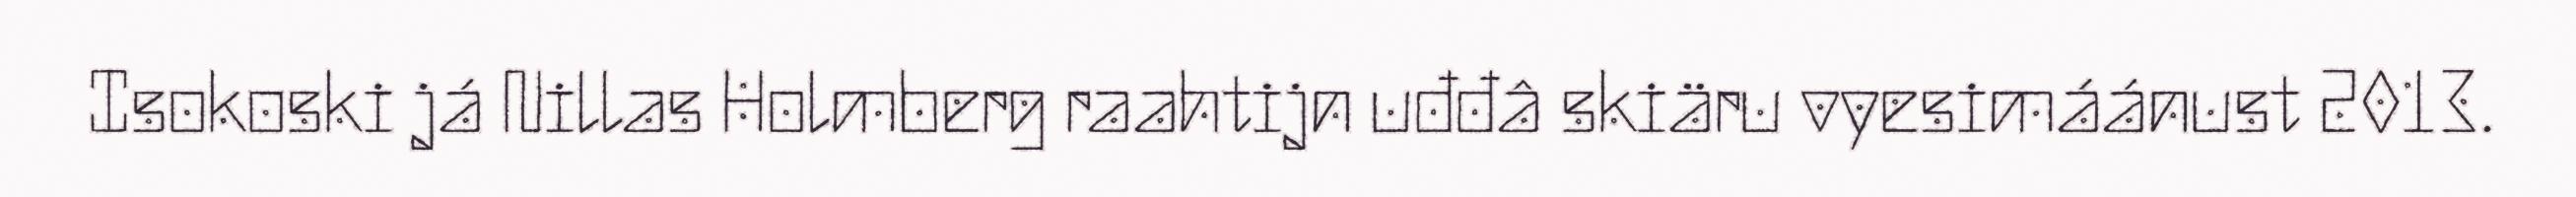
Isokoski já Nillas Holmberg raahtijn uđđâ skiäru vyesimáánust 2013.